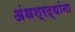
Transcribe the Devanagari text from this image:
अंधश्रद्धांना